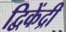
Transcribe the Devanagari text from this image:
द्विकेंद्री